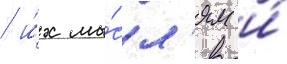
/ и́х мы́сл'ям и́